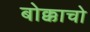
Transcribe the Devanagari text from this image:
बोक्काचो